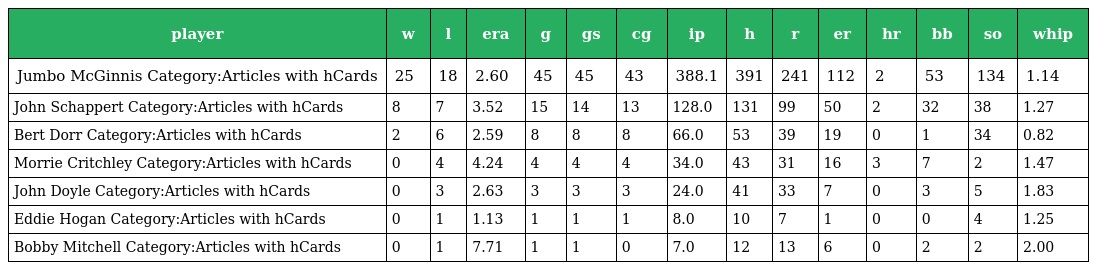
| player | w | l | era | g | gs | cg | ip | h | r | er | hr | bb | so | whip |
 | --- | --- | --- | --- | --- | --- | --- | --- | --- | --- | --- | --- | --- | --- | --- |
 | Jumbo McGinnis Category:Articles with hCards | 25 | 18 | 2.60 | 45 | 45 | 43 | 388.1 | 391 | 241 | 112 | 2 | 53 | 134 | 1.14 |
 | John Schappert Category:Articles with hCards | 8 | 7 | 3.52 | 15 | 14 | 13 | 128.0 | 131 | 99 | 50 | 2 | 32 | 38 | 1.27 |
 | Bert Dorr Category:Articles with hCards | 2 | 6 | 2.59 | 8 | 8 | 8 | 66.0 | 53 | 39 | 19 | 0 | 1 | 34 | 0.82 |
 | Morrie Critchley Category:Articles with hCards | 0 | 4 | 4.24 | 4 | 4 | 4 | 34.0 | 43 | 31 | 16 | 3 | 7 | 2 | 1.47 |
 | John Doyle Category:Articles with hCards | 0 | 3 | 2.63 | 3 | 3 | 3 | 24.0 | 41 | 33 | 7 | 0 | 3 | 5 | 1.83 |
 | Eddie Hogan Category:Articles with hCards | 0 | 1 | 1.13 | 1 | 1 | 1 | 8.0 | 10 | 7 | 1 | 0 | 0 | 4 | 1.25 |
 | Bobby Mitchell Category:Articles with hCards | 0 | 1 | 7.71 | 1 | 1 | 0 | 7.0 | 12 | 13 | 6 | 0 | 2 | 2 | 2.00 |